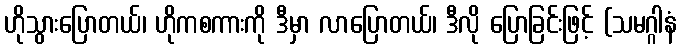
ဟိုသွားပြောတယ်၊ ဟိုကစကားကို ဒီမှာ လာပြောတယ်၊ ဒီလို ပြောခြင်းဖြင့် (သမဂ္ဂါနံ